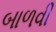
બાળવી